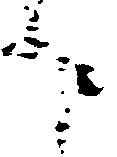
申